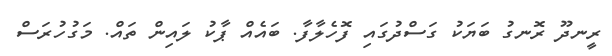
ރީނދޫ ރޮނގު ބަޔަކު ގަސްދުގައި ފޮހެލާފާ. ބައެއް ޕާކު ލައިން ތައް. މަގުހުރަސް